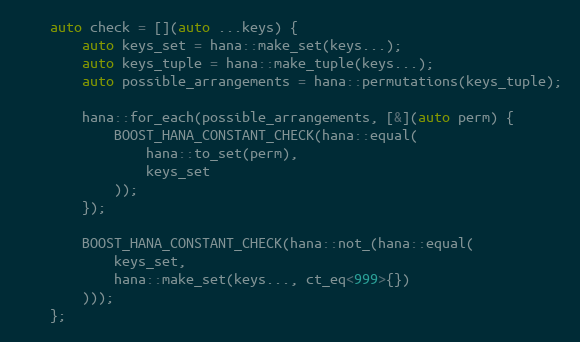
Language: C++
    auto check = [](auto ...keys) {
        auto keys_set = hana::make_set(keys...);
        auto keys_tuple = hana::make_tuple(keys...);
        auto possible_arrangements = hana::permutations(keys_tuple);

        hana::for_each(possible_arrangements, [&](auto perm) {
            BOOST_HANA_CONSTANT_CHECK(hana::equal(
                hana::to_set(perm),
                keys_set
            ));
        });

        BOOST_HANA_CONSTANT_CHECK(hana::not_(hana::equal(
            keys_set,
            hana::make_set(keys..., ct_eq<999>{})
        )));
    };